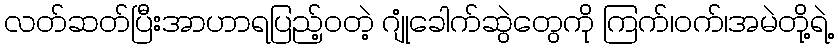
လတ်ဆတ်ပြီးအာဟာရပြည့်ဝတဲ့ ဂျုံခေါက်ဆွဲတွေကို ကြက်၊ဝက်၊အမဲတို့ရဲ့